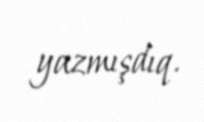
yazmışdıq.